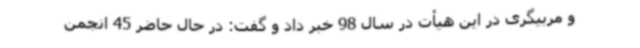
و مربیگری در این هیأت در سال 98 خبر داد و گفت: در حال حاضر 45 انجمن